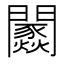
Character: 𨷢